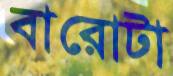
বারোটা